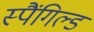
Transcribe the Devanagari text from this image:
स्पैंगिल्ड